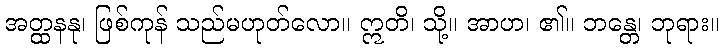
အတ္ထနနု၊ ဖြစ်ကုန် သည်မဟုတ်လော။ ဣတိ၊ သို့။ အာဟ၊ ၏။ ဘန္တေ၊ ဘုရား။